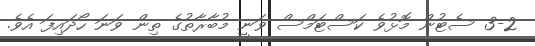
3-2 ސެޓުން މޮޅުވެ ކަސްޓަމްސް ވަނީ މުބާރާތުގެ ތިން ވަނަ ހޯދައިފަ އެވެ.